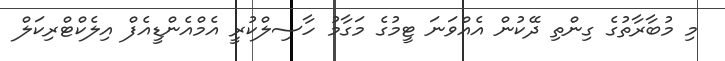
މި މުބާރާތުގެ ގިންތި ދޭކުން އެއްވަނަ ޓީމުގެ މަގާމު ހާސިލްކުރީ އެމްއެންޑީއެފް އިލެކްޓްރިކަލް